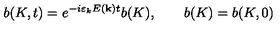
b ( K , t ) = e ^ { - i \varepsilon _ { k } E ( { \bf k } ) t } b ( K ) , \qquad b ( K ) = b ( K , 0 )